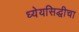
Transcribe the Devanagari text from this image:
ध्येयसिद्धीचा